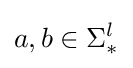
a,b\in \Sigma _{*}^{l}